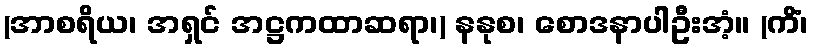
(အာစရိယ၊ အရှင် အဋ္ဌကထာဆရာ၊) နနုစ၊ စောဒနာပါဦးအံ့။ (ကိံ၊